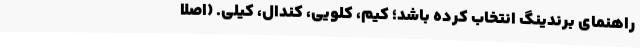
راهنمای برندینگ انتخاب کرده باشد؛ کیم، کلویی، کندال، کِیلی. (اصلا